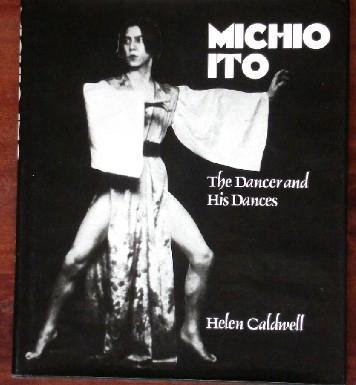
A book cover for Michio Ito: The Dancer and His Dances; Helen Caldwell; Biographies & Memoirs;